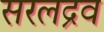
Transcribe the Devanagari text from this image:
सरलद्रव